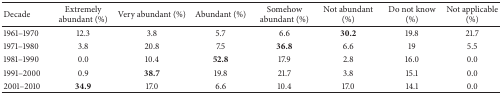
<table><thead><tr><td><b>Decade </b></td><td><b>Extremely abundant (%) </b></td><td><b>Very abundant (%) </b></td><td><b>Abundant (%) </b></td><td><b>Somehow abundant (%) </b></td><td><b>Not abundant (%) </b></td><td><b>Do not know (%) </b></td><td><b>Not applicable (%) </b></td></tr></thead><tbody><tr><td>1961–1970</td><td>12.3</td><td>3.8</td><td>5.7</td><td>6.6</td><td><b>30.2</b></td><td>19.8</td><td>21.7</td></tr><tr><td>1971–1980</td><td>3.8</td><td>20.8</td><td>7.5</td><td><b>36.8</b></td><td>6.6</td><td>19</td><td>5.5</td></tr><tr><td>1981–1990</td><td>0.0</td><td>10.4</td><td><b>52.8</b></td><td>17.9</td><td>2.8</td><td>16.0</td><td>0.0</td></tr><tr><td>1991–2000</td><td>0.9</td><td><b>38.7</b></td><td>19.8</td><td>21.7</td><td>3.8</td><td>15.1</td><td>0.0</td></tr><tr><td>2001–2010</td><td><b>34.9</b></td><td>17.0</td><td>6.6</td><td>10.4</td><td>17.0</td><td>14.1</td><td>0.0</td></tr></tbody></table>